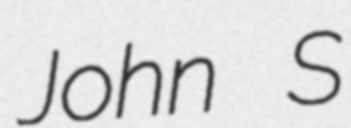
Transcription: John S